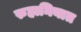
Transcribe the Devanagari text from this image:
रुहानियात